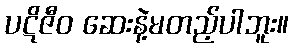
ပဋိဇီဝ ဆေးနဲ့မတည့်ပါဘူး။